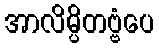
အာလိမ္ပိတဗ္ဗံပေ